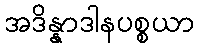
အဒိန္နာဒါနပစ္စယာ